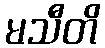
မသီတိ